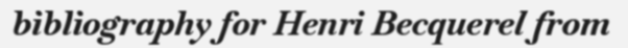
bibliography for Henri Becquerel from